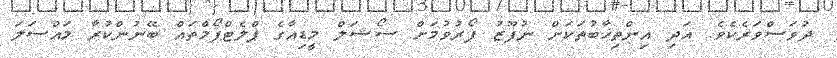
ދުވަސްވަރެކެވެ. އަދި އިންތިޚާބުތަކަށް ނުފޫޒު ފޯރުވުމަށް ސޯޝަލް މީޑިއާގެ ޕްލެޓްފޯމްތައް ބޭނުންކުރާ މައްސަލަ